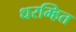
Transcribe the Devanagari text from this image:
धरम्हित